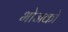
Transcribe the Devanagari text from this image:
भोजको